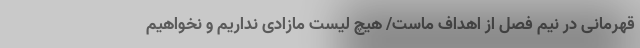
قهرمانی در نیم فصل از اهداف ماست/ هیچ لیست مازادی نداریم و نخواهیم